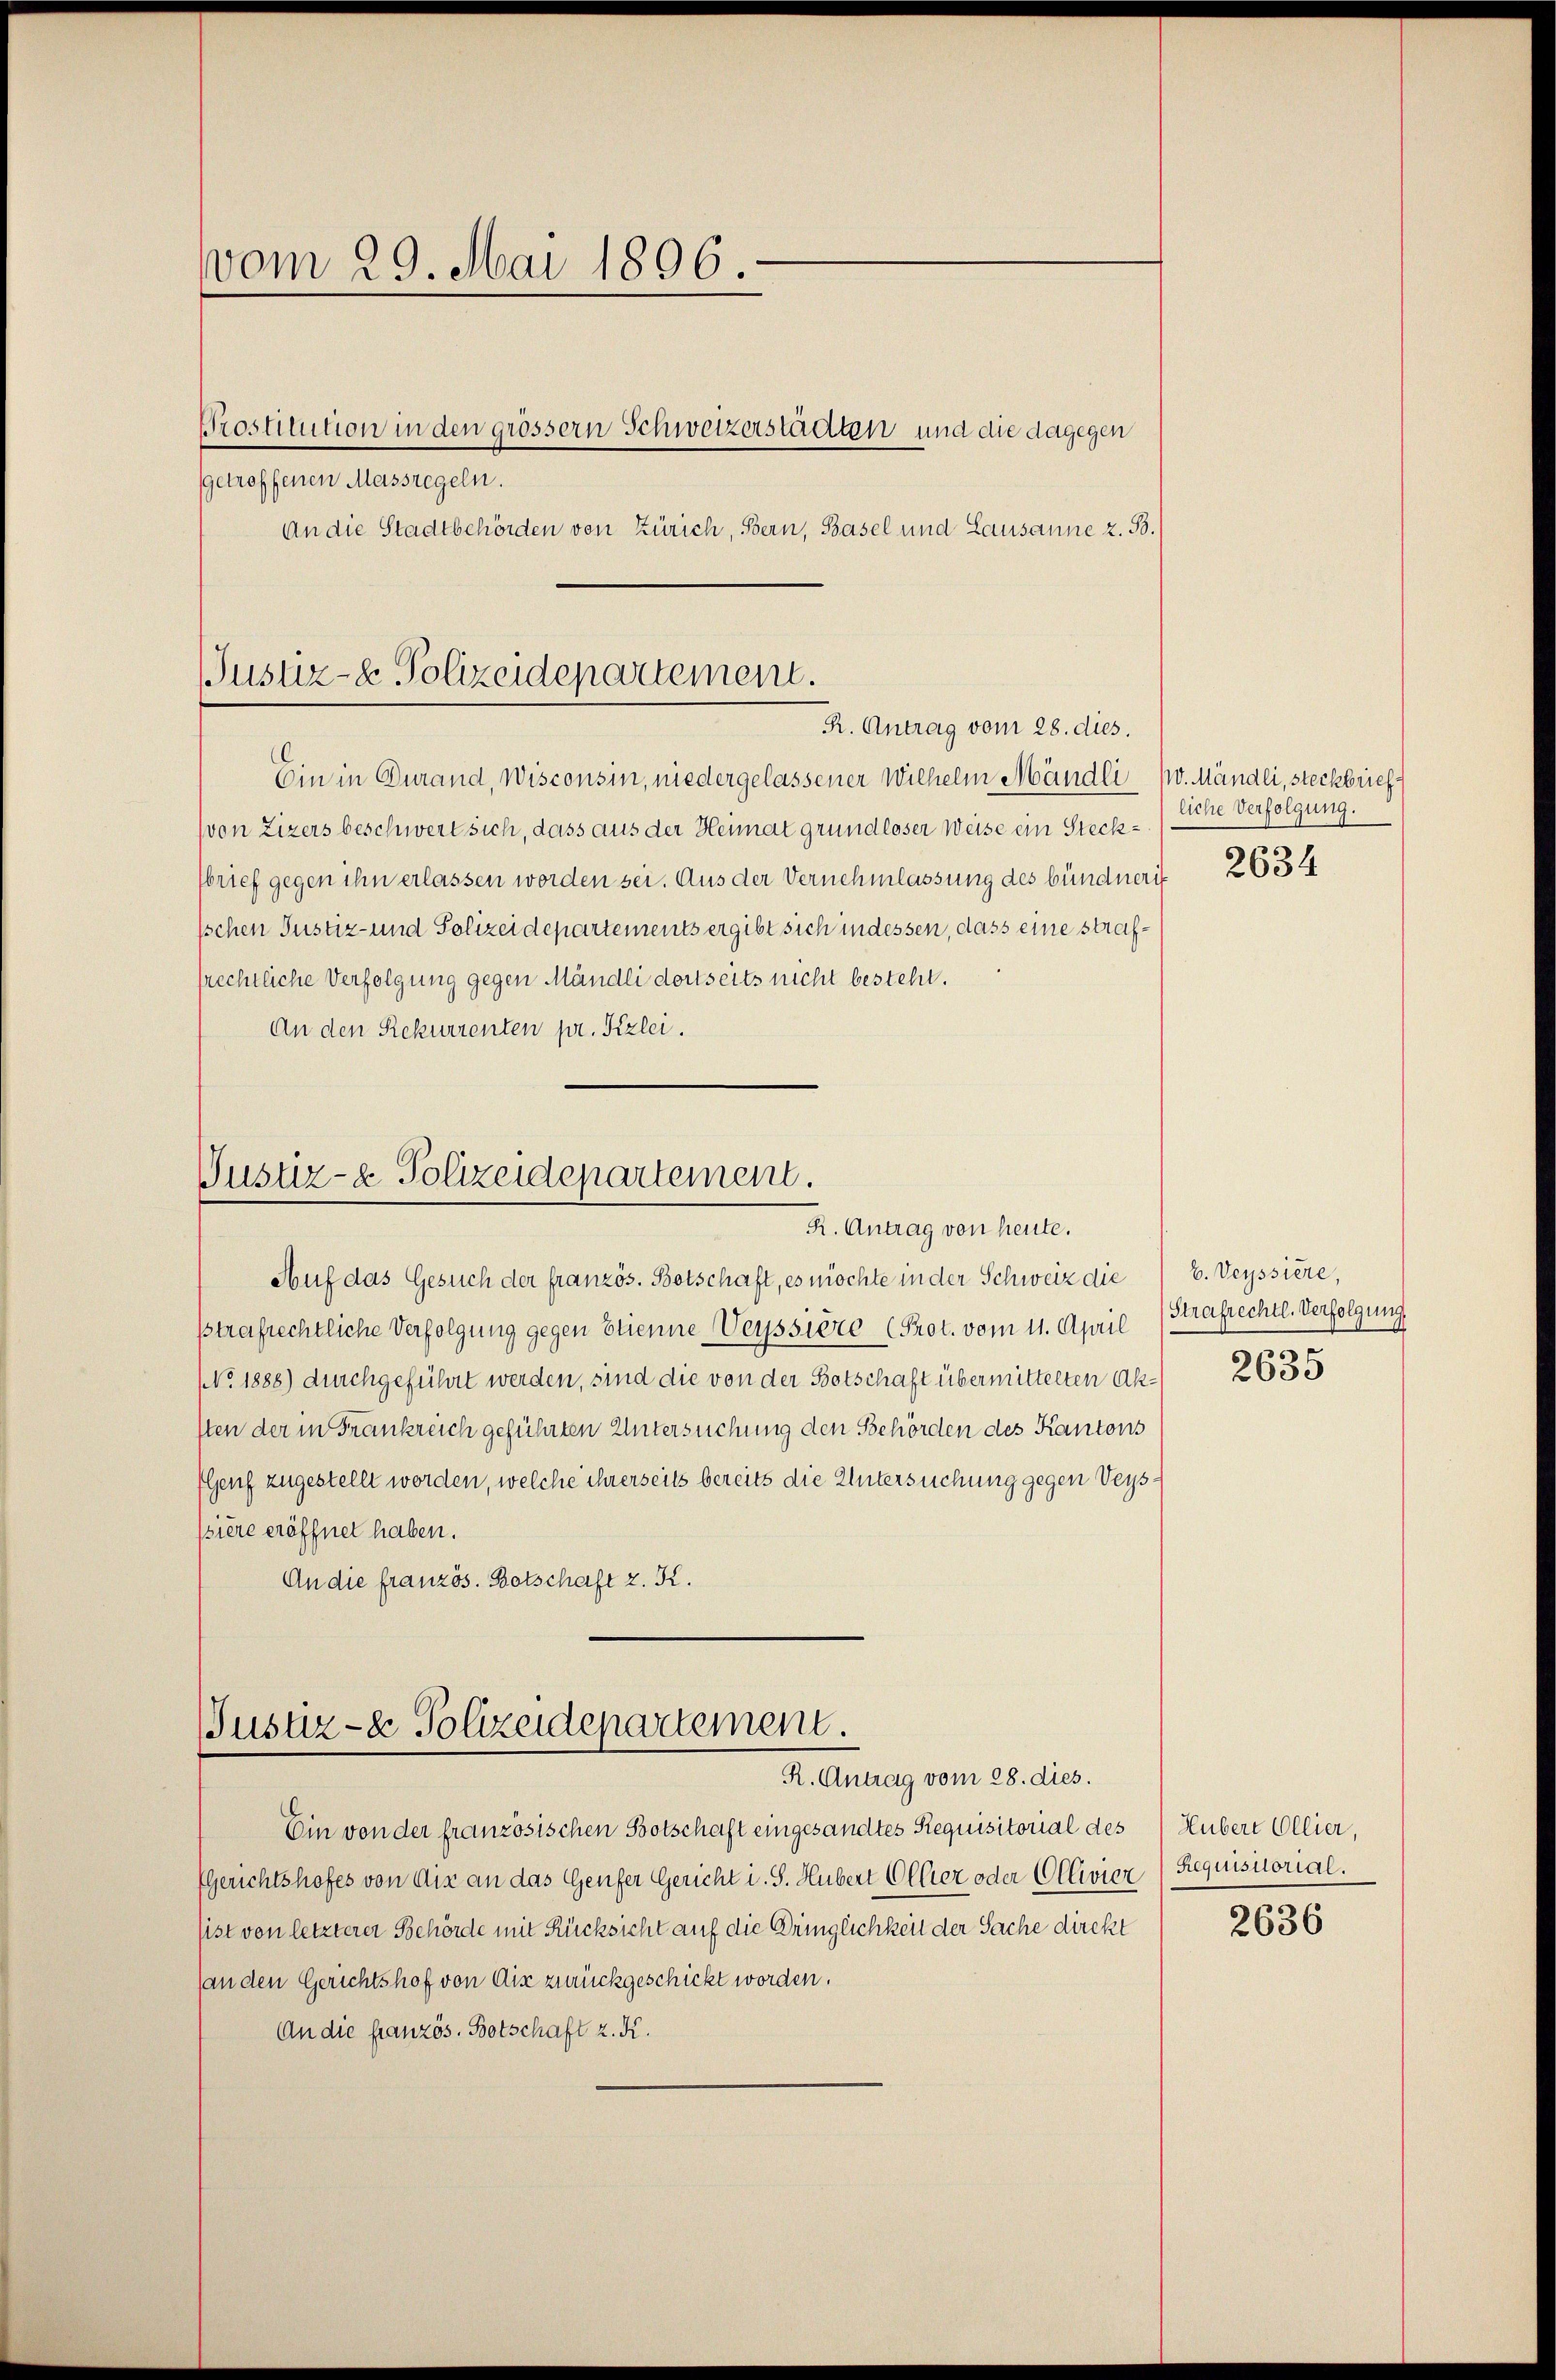
vom 29. Mai 1896.
Prostitution in den grössern Schweizerstadten und die dagegen
getroffenen Massregeln.
An die Stadtbehörden von Zürich, Bern, Basel und Lausanne z. B.

Justiz- & Polizeidepartement.
R. Antrag vom 28. dies.

Ein in Durand, Wisconsin, niedergelassener Wilhelm Mändli v. Mändli, steckbrief¬
(von Zizers beschwert sich, dass aus der Heimat grundloser Weise ein Steckbrief gegen ihn erlassen worden sei. Aus der Vernehmlassung des bündneris
Ischen Justiz- und Polizeidepartements ergibt sich indessen, dass eine straffrechtliche Verfolgung gegen Mändli dortseits nicht besteht.
An den Rekurrenten pr. Fizlei.

Justiz- & Polizeidepartement.
R. Antrag von heute.

Auf das Gesuch der französ. Botschaft, es möchte in der Schweiz die E. Veyssiere,
strafrechtliche Verfolgung gegen Stienne Weyssiere (Prot. vom 11. April
NNo. 1888) durchgeführt werden, sind die von der Botschaft übermittelten Aksten der in Frankreich geführten Untersuchung den Behörden des Kantons
(Genf zugestellt worden, welche ihrerseits bereits die Untersuchung gegen Veyssiere eröffnet haben.
An die französ. Botschaft z. K.

Justiz- & Polizeidepartement.
R. Antrag vom 28. dies.

Ein von der französischen Botschaft eingesandtes Requisitorial des
PGerichtshofes von Aix an das Genfer Gericht i. S. Hubert Ollier oder Ollivier
sist von letzterer Behörde mit Rücksicht auf die Dringlichkeit der Sache direkt
(an den Gerichtshof von die zurückgeschickt worden.
An die französ. Botschaft z. K.

liche Verfolgung.
2634

Strafrechtl. Verfolgung
2635

Hubert Ollier,
Requisitorial.

2636